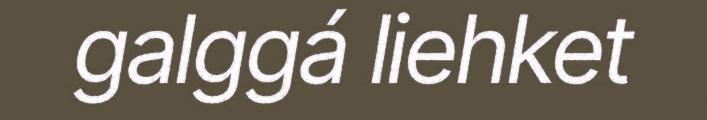
galggá liehket